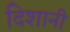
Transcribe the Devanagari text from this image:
दिशानी